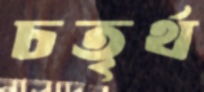
চতৃর্থ